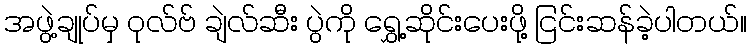
အဖွဲ့ချုပ်မှ ဝုလ်ဗ် ချဲလ်ဆီး ပွဲကို ရွှေ့ဆိုင်းပေးဖို့ ငြင်းဆန်ခဲ့ပါတယ်။